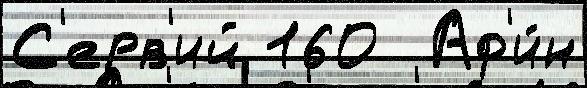
С'ерв'ий 160  Аф'и́н